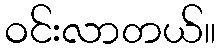
ဝင်းလာတယ်။